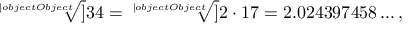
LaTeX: { \sqrt [ [object Object] ] { 3 4 } } = { \sqrt [ [object Object] ] { 2 \cdot 1 7 } } = 2 . 0 2 4 3 9 7 4 5 8 \ldots ,